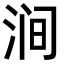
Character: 涧